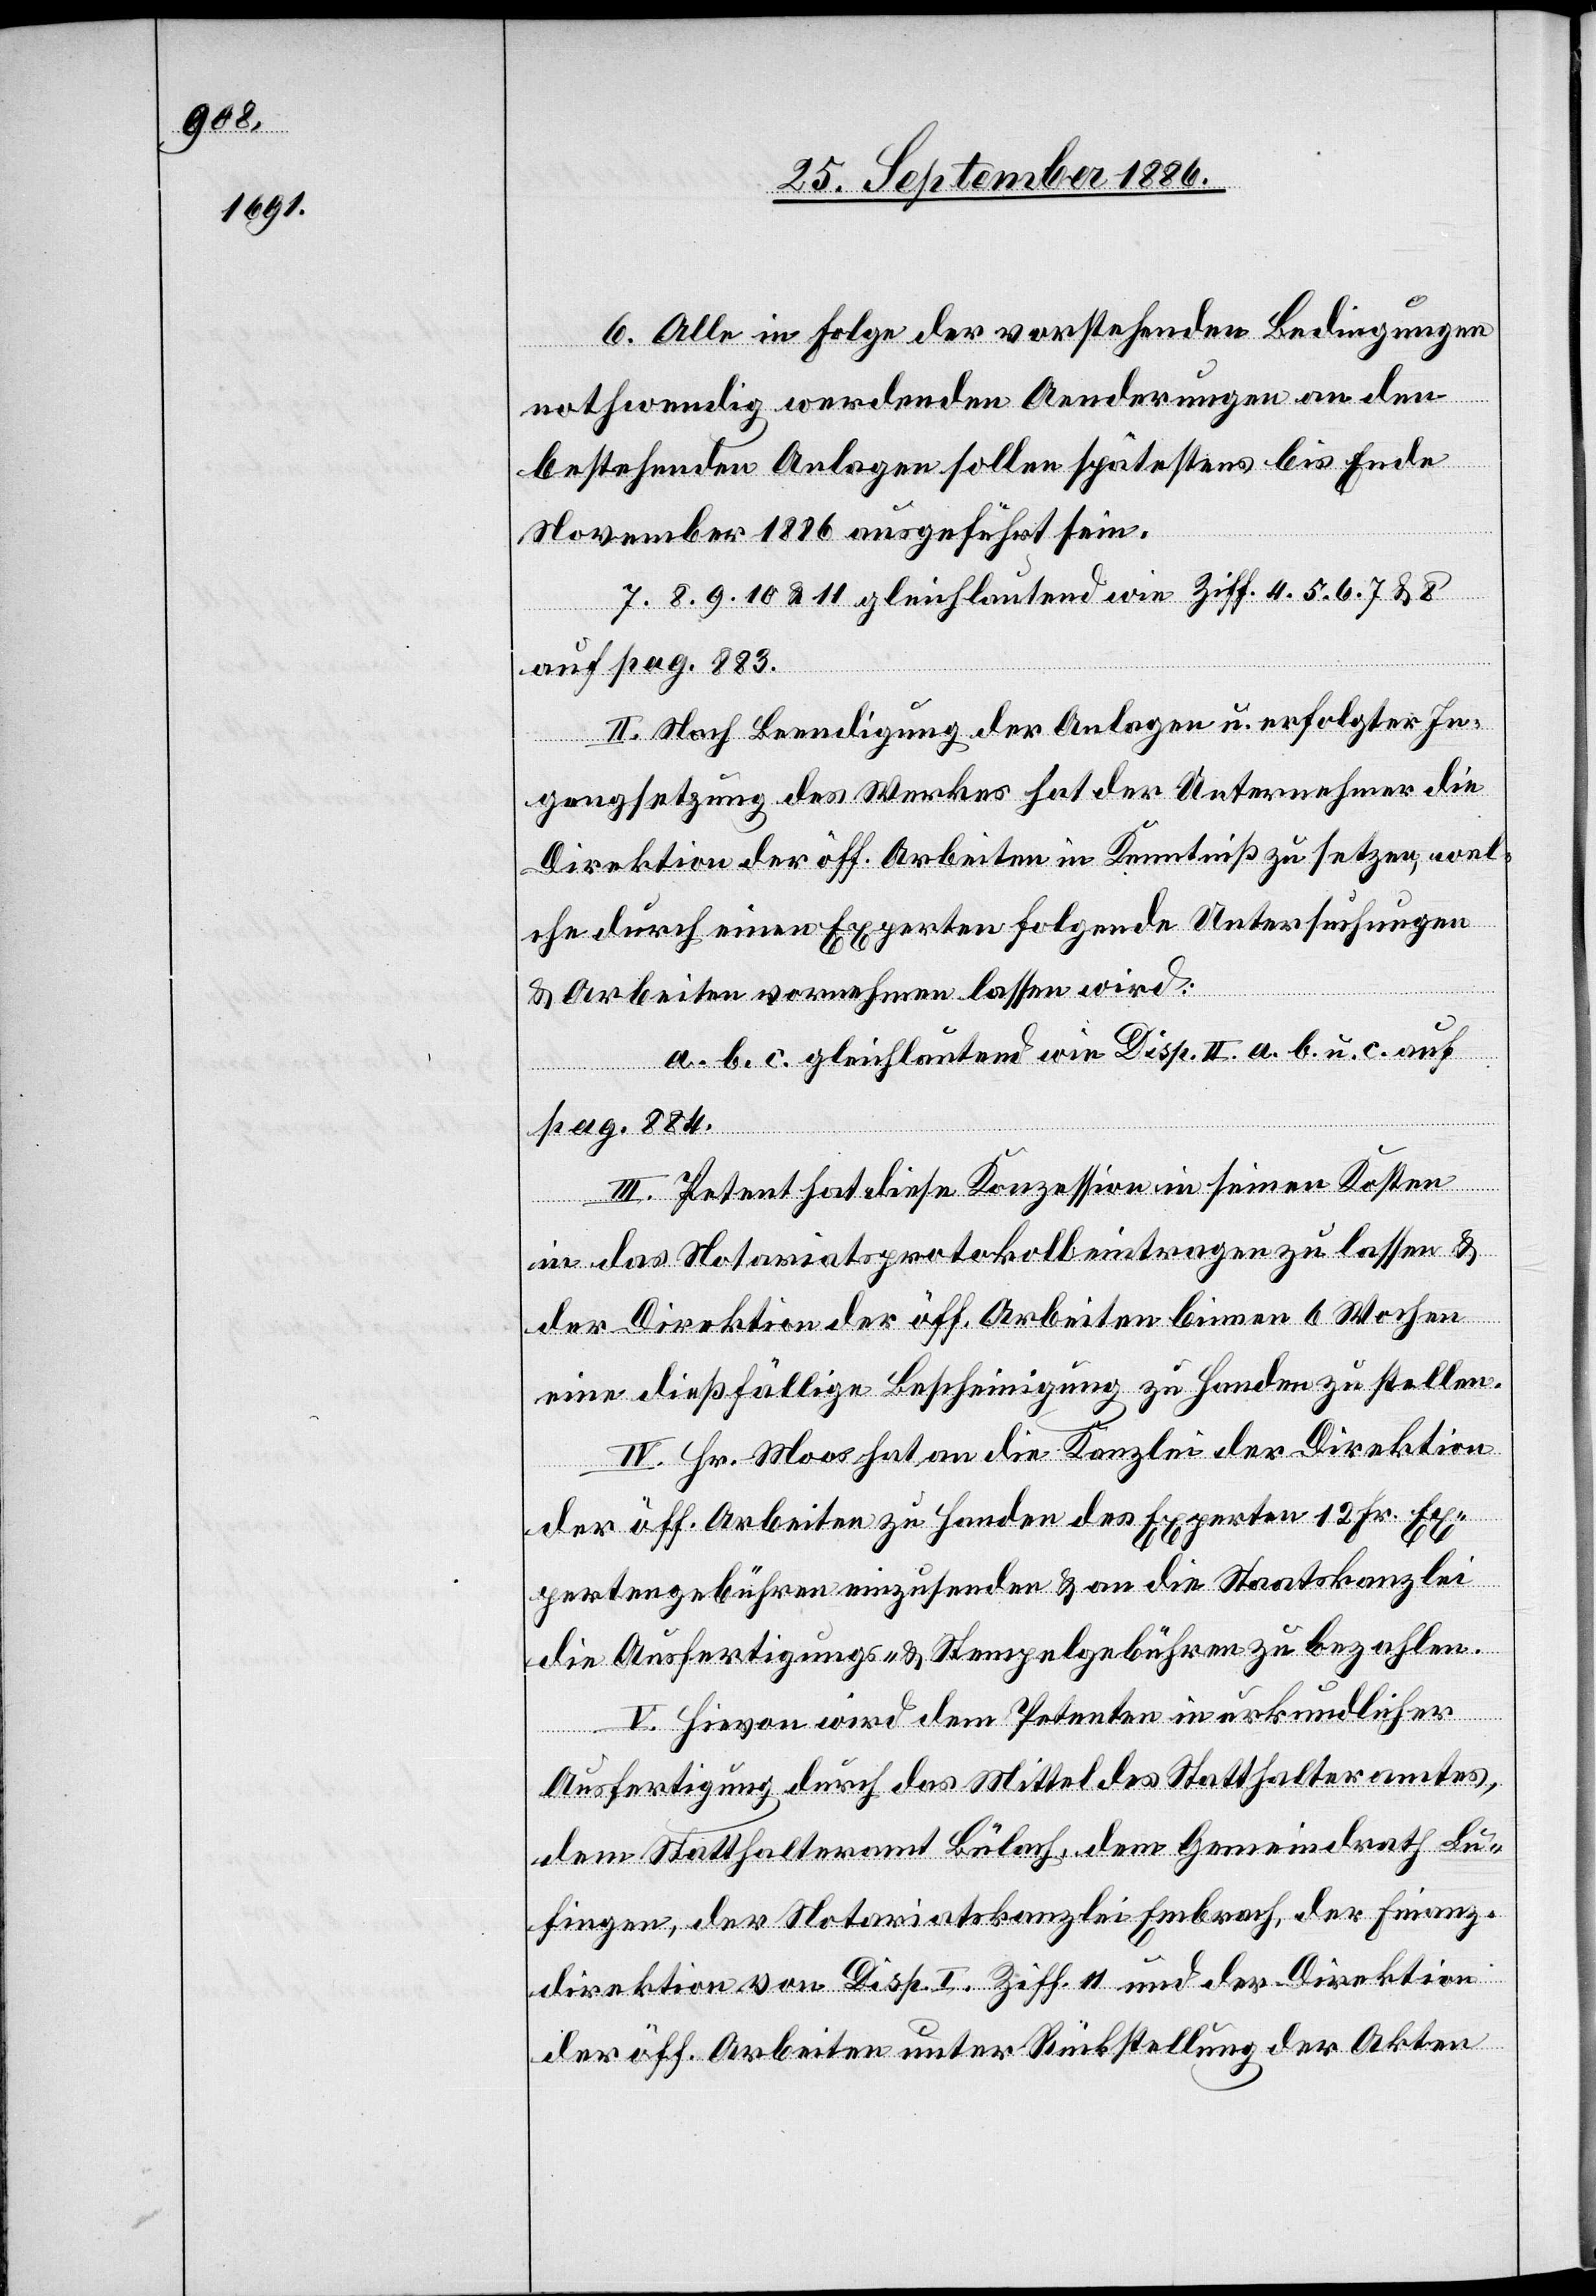
6. Alle in Folge der vorstehenden Bedingungen
nothwendig werdenden Aenderungen an den
bestehenden Anlagen sollen spätestens bis Ende
November 1886 ausgeführt sein.
7. 8. 9. 10 & 11 gleichlautend wie Ziff. 4. 5. 6. 7 & 8
auf pag. 883.
II. Nach Beendigung der Anlagen u. erfolgter In¬
gangsetzung des Werkes hat der Unternehmer die
Direktion der öff. Arbeiten in Kenntniß zu setzen, wel¬
che durch einen Experten folgende Untersuchungen
& Arbeiten vornehmen lassen wird:
a. b. c. gleichlautend wie Disp. II. a. b. u. c. auf
pag. 884.
III. Petent hat diese Konzession in seinen Kosten
in das Notariatsprotokoll eintragen zu lassen &
der Direktion der öff. Arbeiten binnen 6 Wochen
eine dießfällige Bescheinigung zu Handen zu stellen.
IV. Hr. Moos hat an die Kanzlei der Direktion
der öff. Arbeiten zu Handen des Experten 12 Fr. Exp¬
ertengebühren einzusenden & an die Staatskanzlei
die Ausfertigungs- & Stempelgebühren zu bezahlen.
V. Hievon wird dem Petenten in urkundlicher
Ausfertigung durch das Mittel des Statthalteramtes,
dem Statthalteramt Bülach, dem Gemeindrath Lu¬
fingen, der Notariatskanzlei Embrach, der Finanz¬
direktion von Disp. I. Ziff. 11 und der Direktion
der öff. Arbeiten unter Rückstellung der Akten